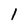
Character: 1